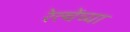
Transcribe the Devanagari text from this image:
रेल्वेंच्या